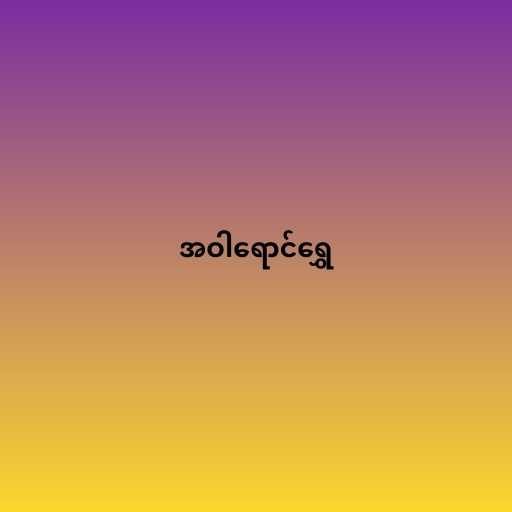
အဝါရောင်ရွှေ